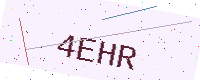
Text: 4EHR